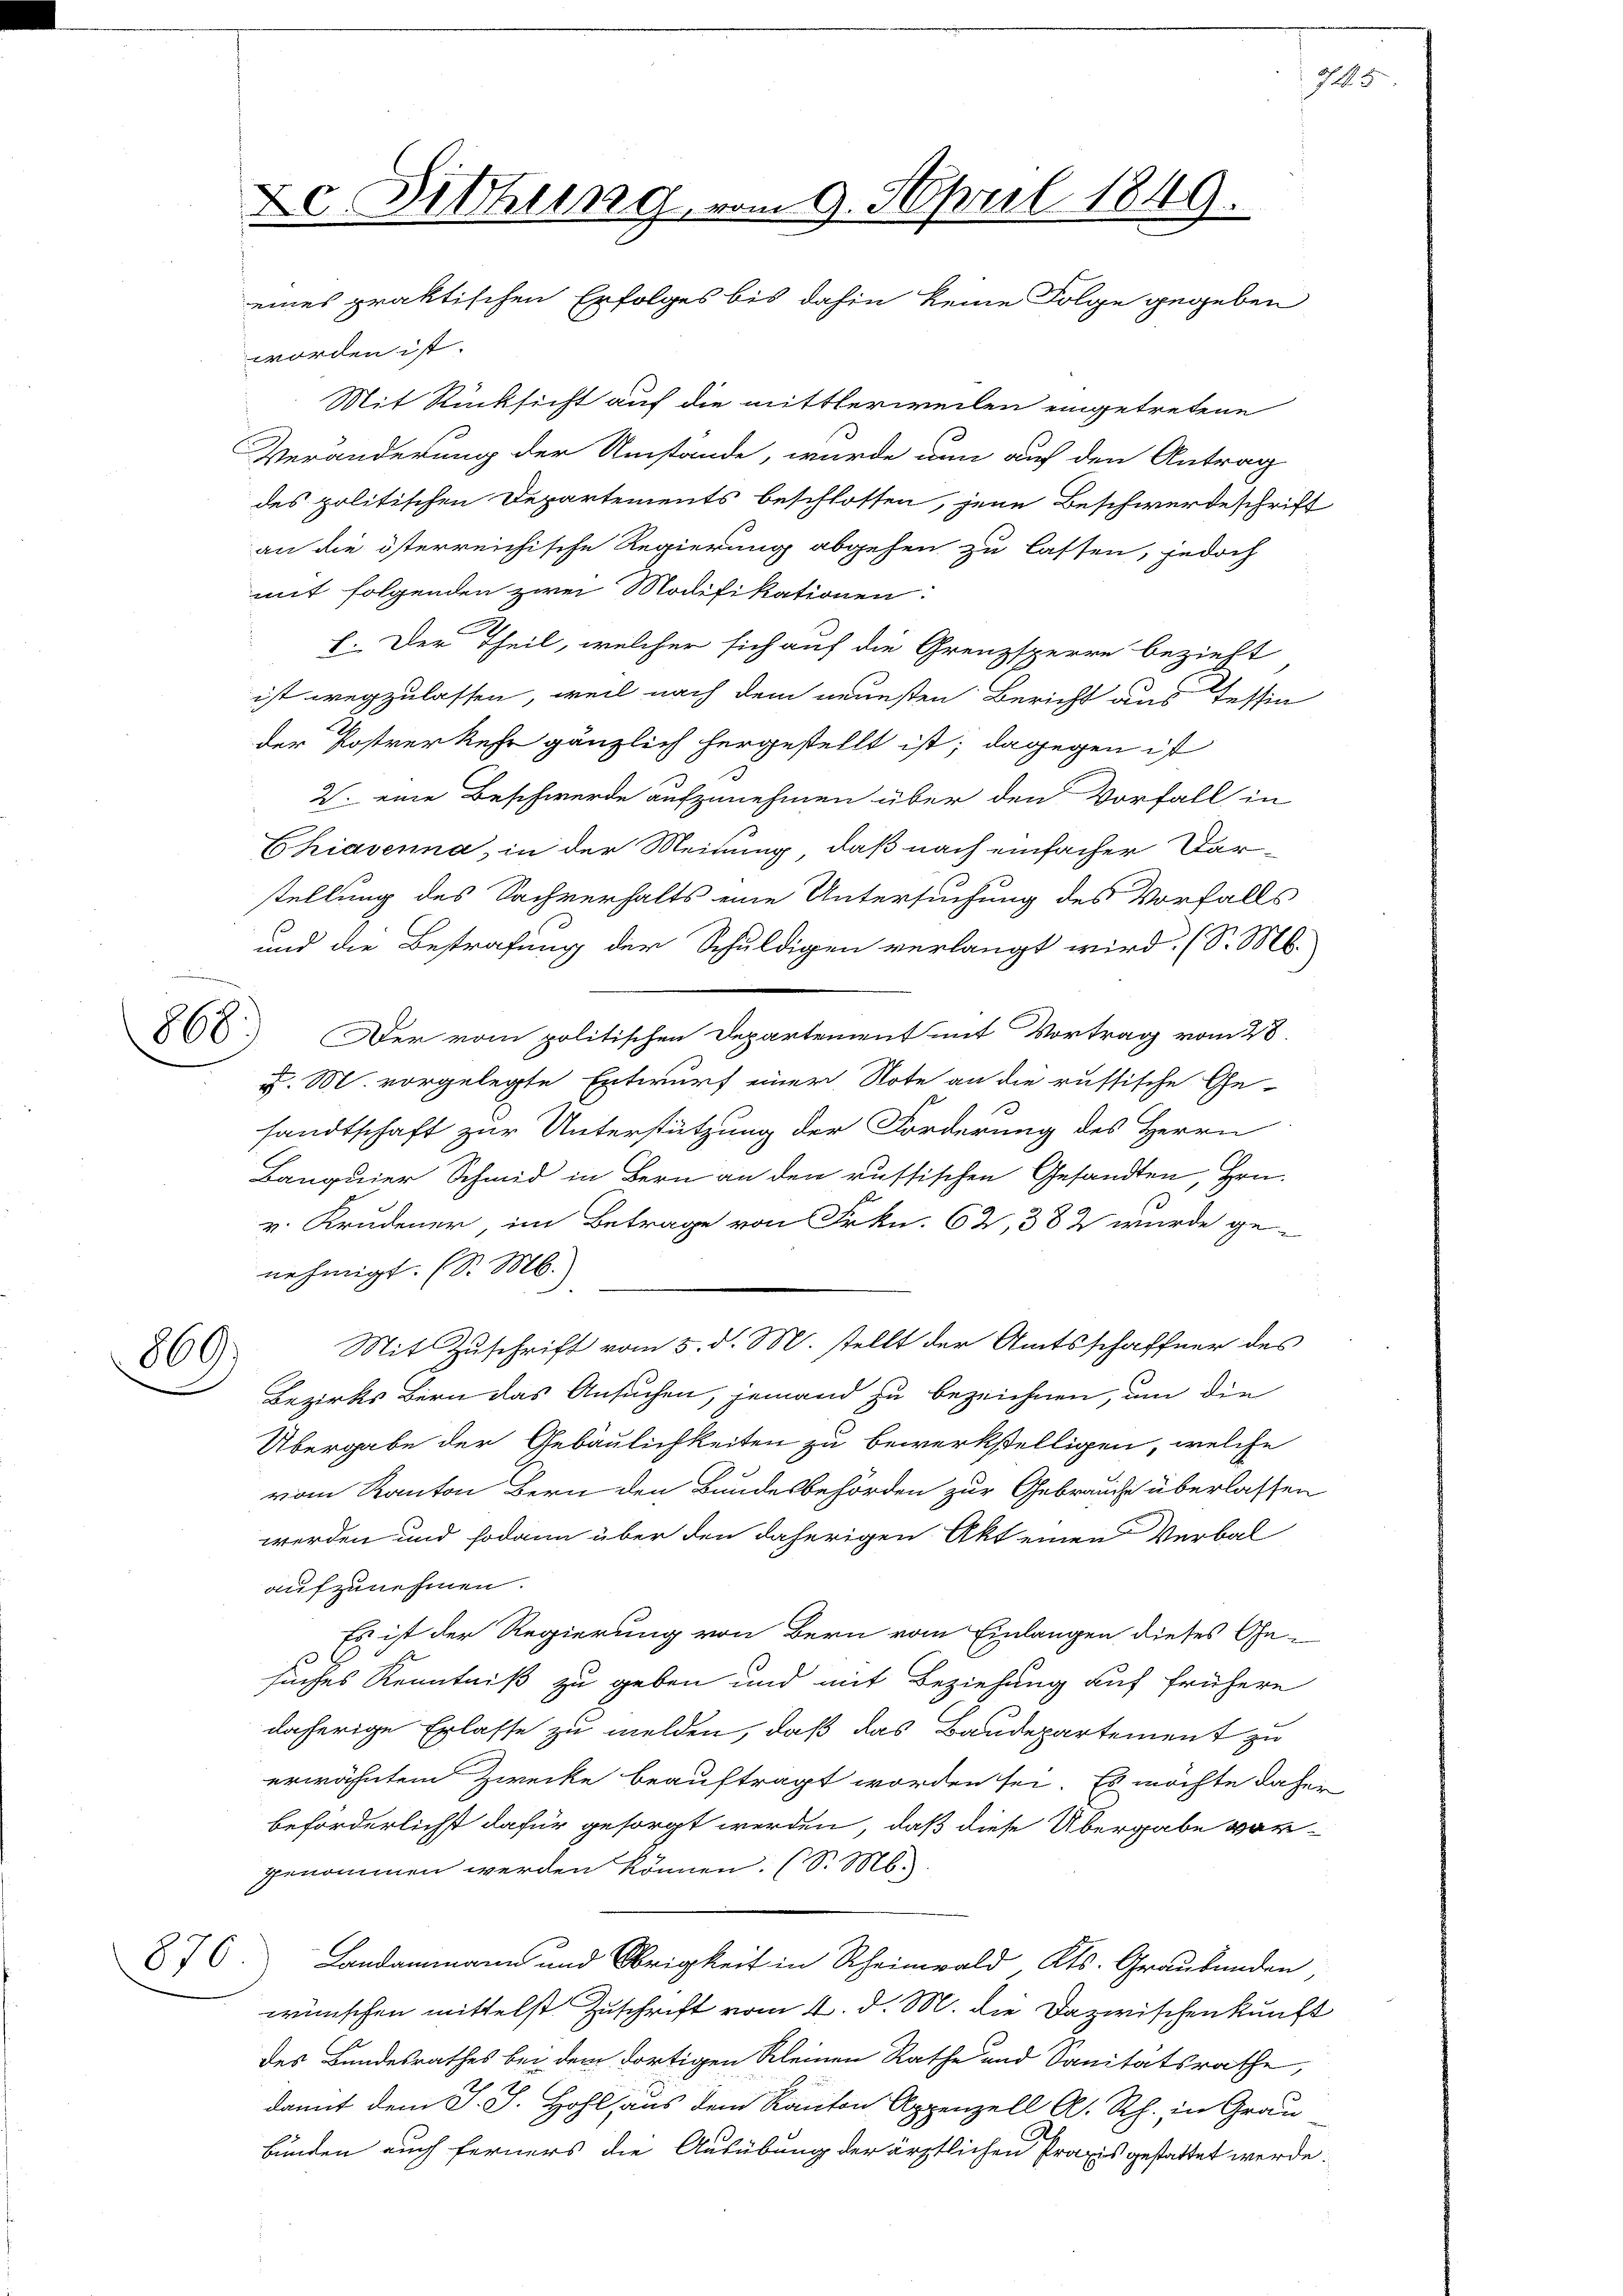
869

876

worden ist.
Mit Rücksicht auf die mittlerweilen eingetretene
Veränderung der Umstände, wurde nun auf den Antrag
des politischen Departements beschlossen, jene Beschwerdeschrift
an die österreichische Regierung abgehen zu lassen, jedoch
mit folgenden zwei Modifikationen
E. Der Theil, welcher sich auf die Grenzsperre bezieht
ist wegzulassen, weil nach dem neuesten Bericht aus Tessin
der Postverkehr gänzlich hergestellt ist; dagegen ist
2. eine Beschwerde aufzunehmen über den Vorfall in
Chiavenna, in der Meinung, daß nach einfacher Darstellung des Sachverhalts eine Untersuchung des Vorfalls
und die Bestrafung der Schuldigen verlangt wird. (S. M.
86.) Der vom politischen Departement mit Vortrag vom 28.
v. M. vorgelegte Entwurf einer Note an die russische Ge-
sandtschaft zur Unterstützung der Forderung des Herrn
Banquier Schmid in Bern an den russischen Gesandten, Hrn.
v. Krudener, im Betrage von Frkn. 62, 382 wurde ge-
nehmigt. (S. M.
Mit Zuschrift vom 5. d. M. stellt der Amtsschaffner des
Bezirks Bern das Ansuchen, jemand zu bezeichnen, um die
Übergabe der Gebäulichkeiten zu bewerkstelligen, welche
vom Kanton Bern den Bundesbehörden zur Gebraucht überlassen
werden und sodann über den daherigen Akt einen Verbal
aufzunehmen.
Es ist der Regierung von Bern vom Einlangen dieses Gesuches Kenntniß zu geben und mit Beziehung auf frühere
daherige Erlasse zu melden, daß das Baudepartement zu
erwähntem Zwecke beauftragt worden sei. Es möchte daher
beforderlichst dafür gesorgt werden, daß diese Übergabe vorgenommen werden können. (S. M.
Landammann und Obrigkeit in Rheinwald, Kts. Graubünden,
wünschen mittelst Zuschrift vom 4. d. M. die Dazwischenkunft
des Bundesrathes bei dem dortigen Kleinen Rathe und Sanitätsrathe,
damit dem J. J. Hohl aus dem Kanton Appenzell A. Rh. in Grau
bunden auch ferners die Ausübung der ärztlichen Praxis gestattet werde.

Dc. Fiehung, vom 9. April 1849.
eines praktischen Erfolges bis dahin keine Folge gegeben

745

e